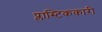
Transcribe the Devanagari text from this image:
प्लास्टिककारी